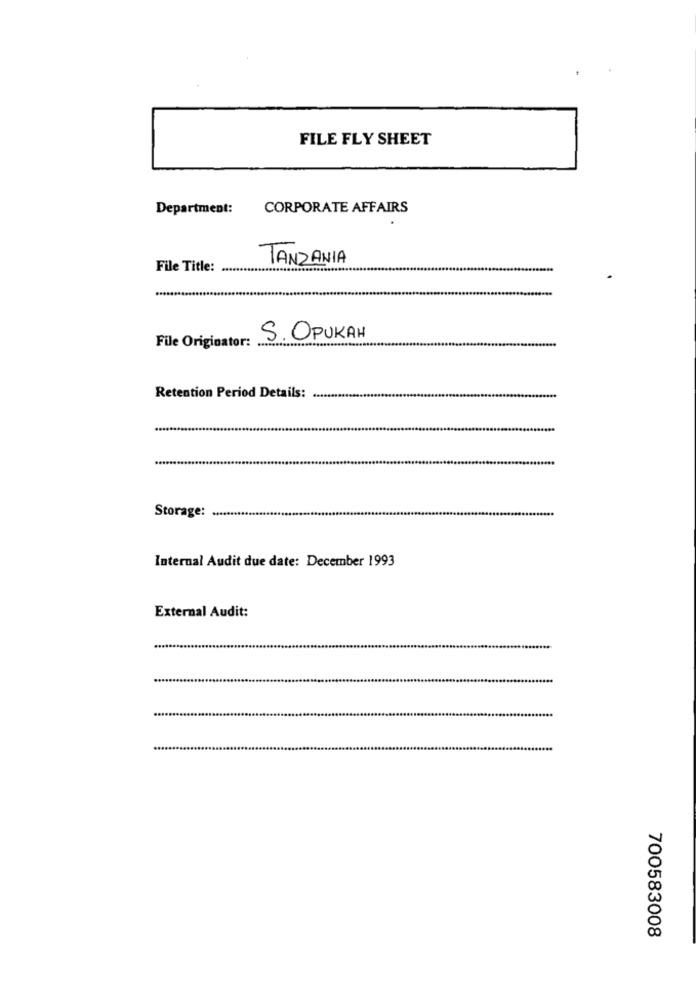
FILE FLY SHEET
Department:
CORPORATE AFFAIRS
TANZANIA
File Title:
File Originator:
S. OPUKAH
Retention Period Details:
Storage:
Internal Audit due date: December 1993
External Audit:
700583008